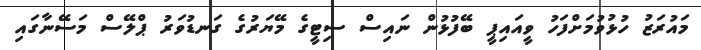
މައުރަޒު ހުޅުވުމަށްފަހު ވީއައިޕީ ބޭފުޅުން ނައިސް ސިޓީގެ މޭޔަރުގެ ގަނޑުވަރު ޕްލޭސް މަސޭނާގައި